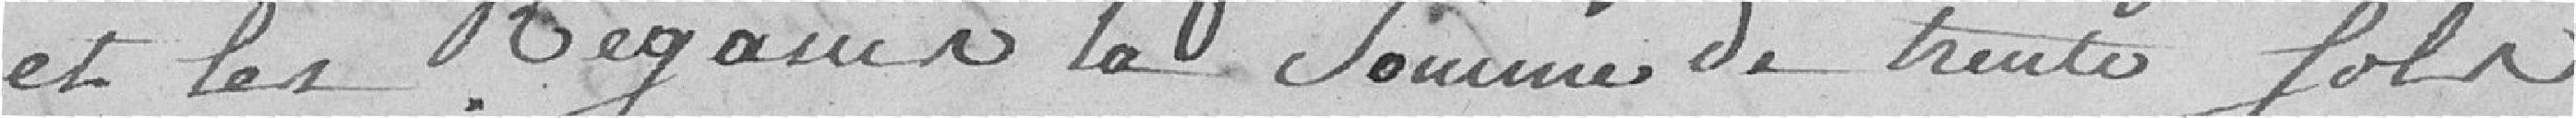
et les regains, la somme de trente sols